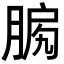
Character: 𦜛